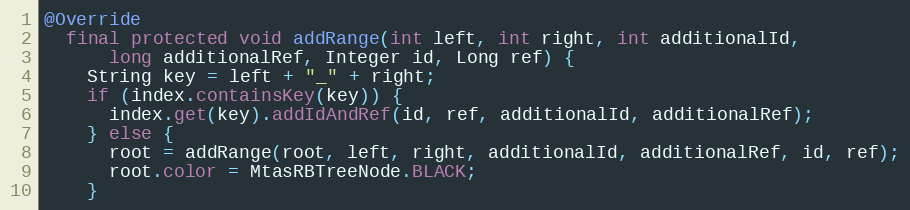
Language: Java
@Override
  final protected void addRange(int left, int right, int additionalId,
      long additionalRef, Integer id, Long ref) {
    String key = left + "_" + right;
    if (index.containsKey(key)) {
      index.get(key).addIdAndRef(id, ref, additionalId, additionalRef);
    } else {
      root = addRange(root, left, right, additionalId, additionalRef, id, ref);
      root.color = MtasRBTreeNode.BLACK;
    }